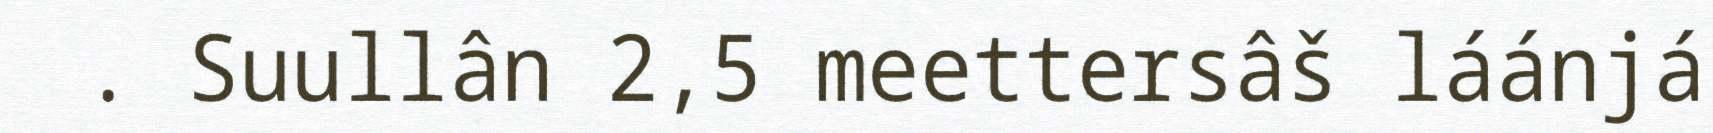
. Suullân 2,5 meettersâš láánjá